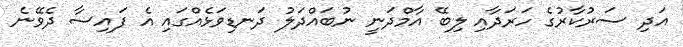
އަދި ސަރުކާރުގެ ހަރަދާއި ލިބޭ އާމްދަނީ ނުބައްދަލު ދަނޑިވަޅެއްގައި އެ ފައިސާ ދެވޭނެ